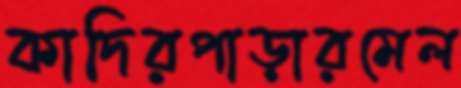
কাদিরপাড়ারমেল